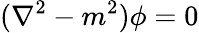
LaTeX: (\nabla^{2}-m^{2})\phi=0